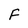
Character: F